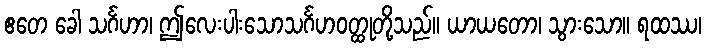
ဧတေ ခေါ သင်္ဂဟာ၊ ဤလေးပါးသောသင်္ဂဟဝတ္ထုတို့သည်။ ယာယတော၊ သွားသော။ ရထဿ၊